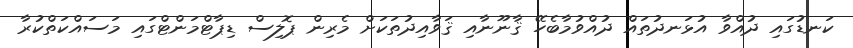
ކަނޑުގައި ދުއްވާ އުޅަނދުތައް ދުއްވުމާބެހޭ ޤާނޫނާއި ޤަވާއިދުތަކަށް މެރިން ޕޮލިސް ޑިޕާޓްމަންޓްގައި މަސައްކަތްކުރާ